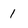
Character: 1